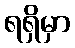
ရရှိမှာ